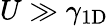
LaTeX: U\gg\gamma_{1\mathrm{D}}